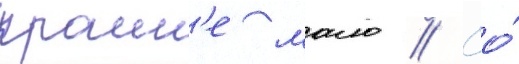
краин'е мало // Ео́